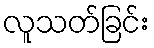
လူသတ်ခြင်း